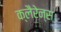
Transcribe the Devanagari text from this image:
क्लैरेन्स